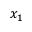
x _ { 1 }